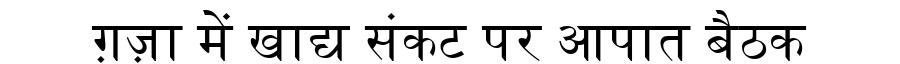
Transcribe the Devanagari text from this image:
ग़ज़ा में खाद्य संकट पर आपात बैठक